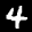
Label: 4